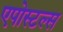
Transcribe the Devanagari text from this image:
एपोस्टल्स